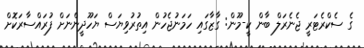
ގެ ސެކްރެޓަރީ ޖެނެރަލް ބާން ކީ-މޫން: ގާޒާގައި ހަމަނުޖެހުން އިތުރުވިޔަސް ޔަހޫދީންނަށް ފުރައްސާރަކޮށް